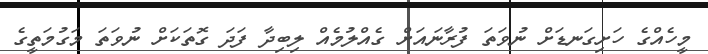
މީހެއްގެ ހަށިގަނޑަށް ނުވަތަ ފުރާނައަށް ގެއްލުމެއް ލިބިދާ ފަދަ ގޮތަކަށް ނުވަތަ މަގުމަތީގެ